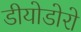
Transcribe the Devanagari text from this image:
डीयोडोरो